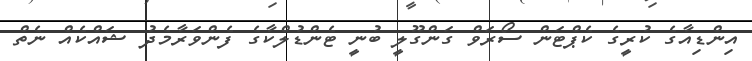
އިންޑިއާގެ ކުރީގެ ކެޕްޓަން ސޯރަވް ގަންގޫލީ ބުނީ ޓެންޑުލްކާގެ ފެންވަރާމެދު ޝައްކެއް ނެތް